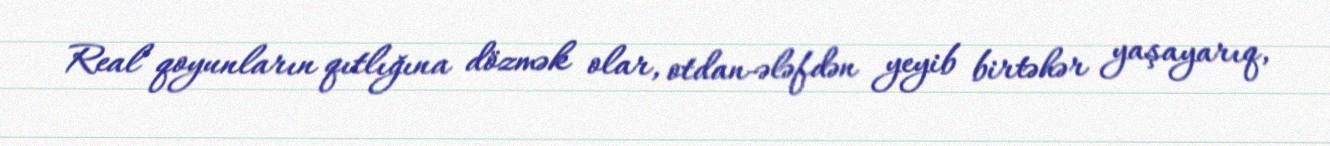
Real qoyunların qıtlığına dözmək olar, otdan-ələfdən yeyib birtəhər yaşayarıq,